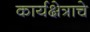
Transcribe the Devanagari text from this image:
कार्यक्षेत्राचे